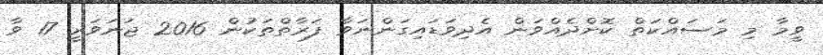
ވީމާ މި މަސައްކަތް ކޮށްދެއްވަން އެދިވަޑައިގަންނަވާ ފަރާތްތަކުން 2016 ޖަނަވަރީ 17 ވާ